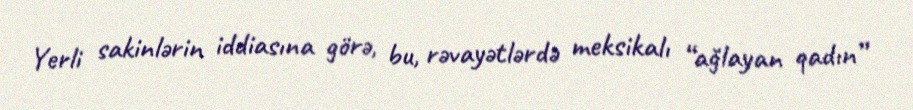
Yerli sakinlərin iddiasına görə, bu, rəvayətlərdə meksikalı “ağlayan qadın”